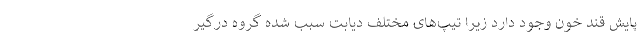
پایش قند خون وجود دارد زیرا تیپ‌های مختلف دیابت سبب شده گروه درگیر